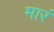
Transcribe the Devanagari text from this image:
मारं